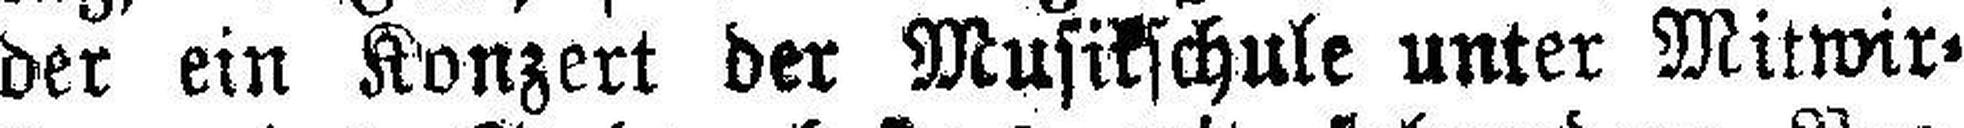
der ein Konzert der Musikschule unter Mitwir¬